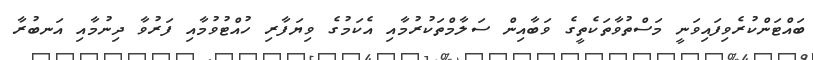
ބައްޓަންކުރެވިފައިވަނީ މަސްތުވާތަކެތީގެ ވަބާއިން ސަލާމްތަކުރުމާއި އެކަމުގެ ވިޔަފާރި ހުއްޓުވުމާއި ފަރުވާ ދިނުމާއި އަނބުރާ